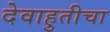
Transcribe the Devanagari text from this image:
देवाहुतीचा